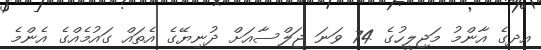
އދގެ އާންމު މަޖިލީހުގެ 74 ވަނަ ޖަލްސާއަށް ދުނިޔޭގެ އެތައް ގައުމެއްގެ އެންމެ